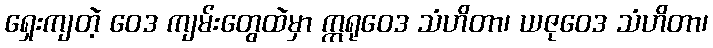
ရှေးကျတဲ့ ဝေဒ ကျမ်းတွေထဲမှာ ဣရုဝေဒ သံဟိတာ၊ ယဇုဝေဒ သံဟိတာ၊